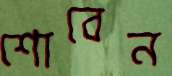
শোবেন